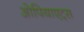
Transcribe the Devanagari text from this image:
ओपियाएट्स